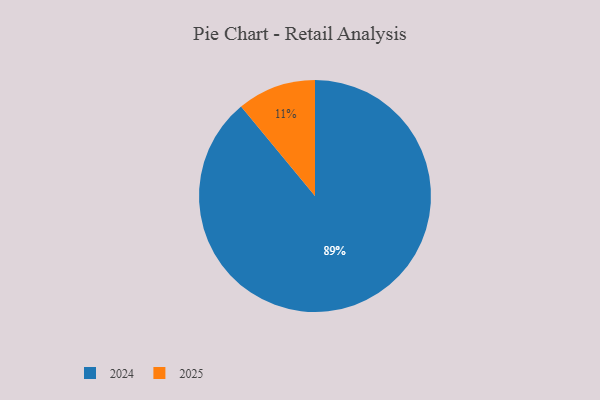
{"axis": {"x": "Category", "y": "Percentage"}, "legend": ["2024", "2025"], "data": [{"x": "2024", "y": 89, "type": "2024"}, {"x": "2025", "y": 11, "type": "2025"}]}